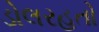
ડોલરહતો